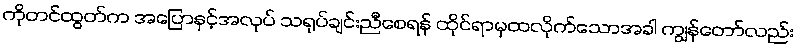
ကိုတင်ထွတ်က အပြောနှင့်အလုပ် သရုပ်ချင်းညီစေရန် ထိုင်ရာမှထလိုက်သောအခါ ကျွန်တော်လည်း